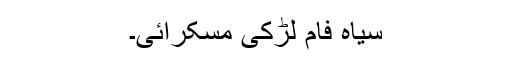
سیاہ فام لڑکی مسکرائی۔